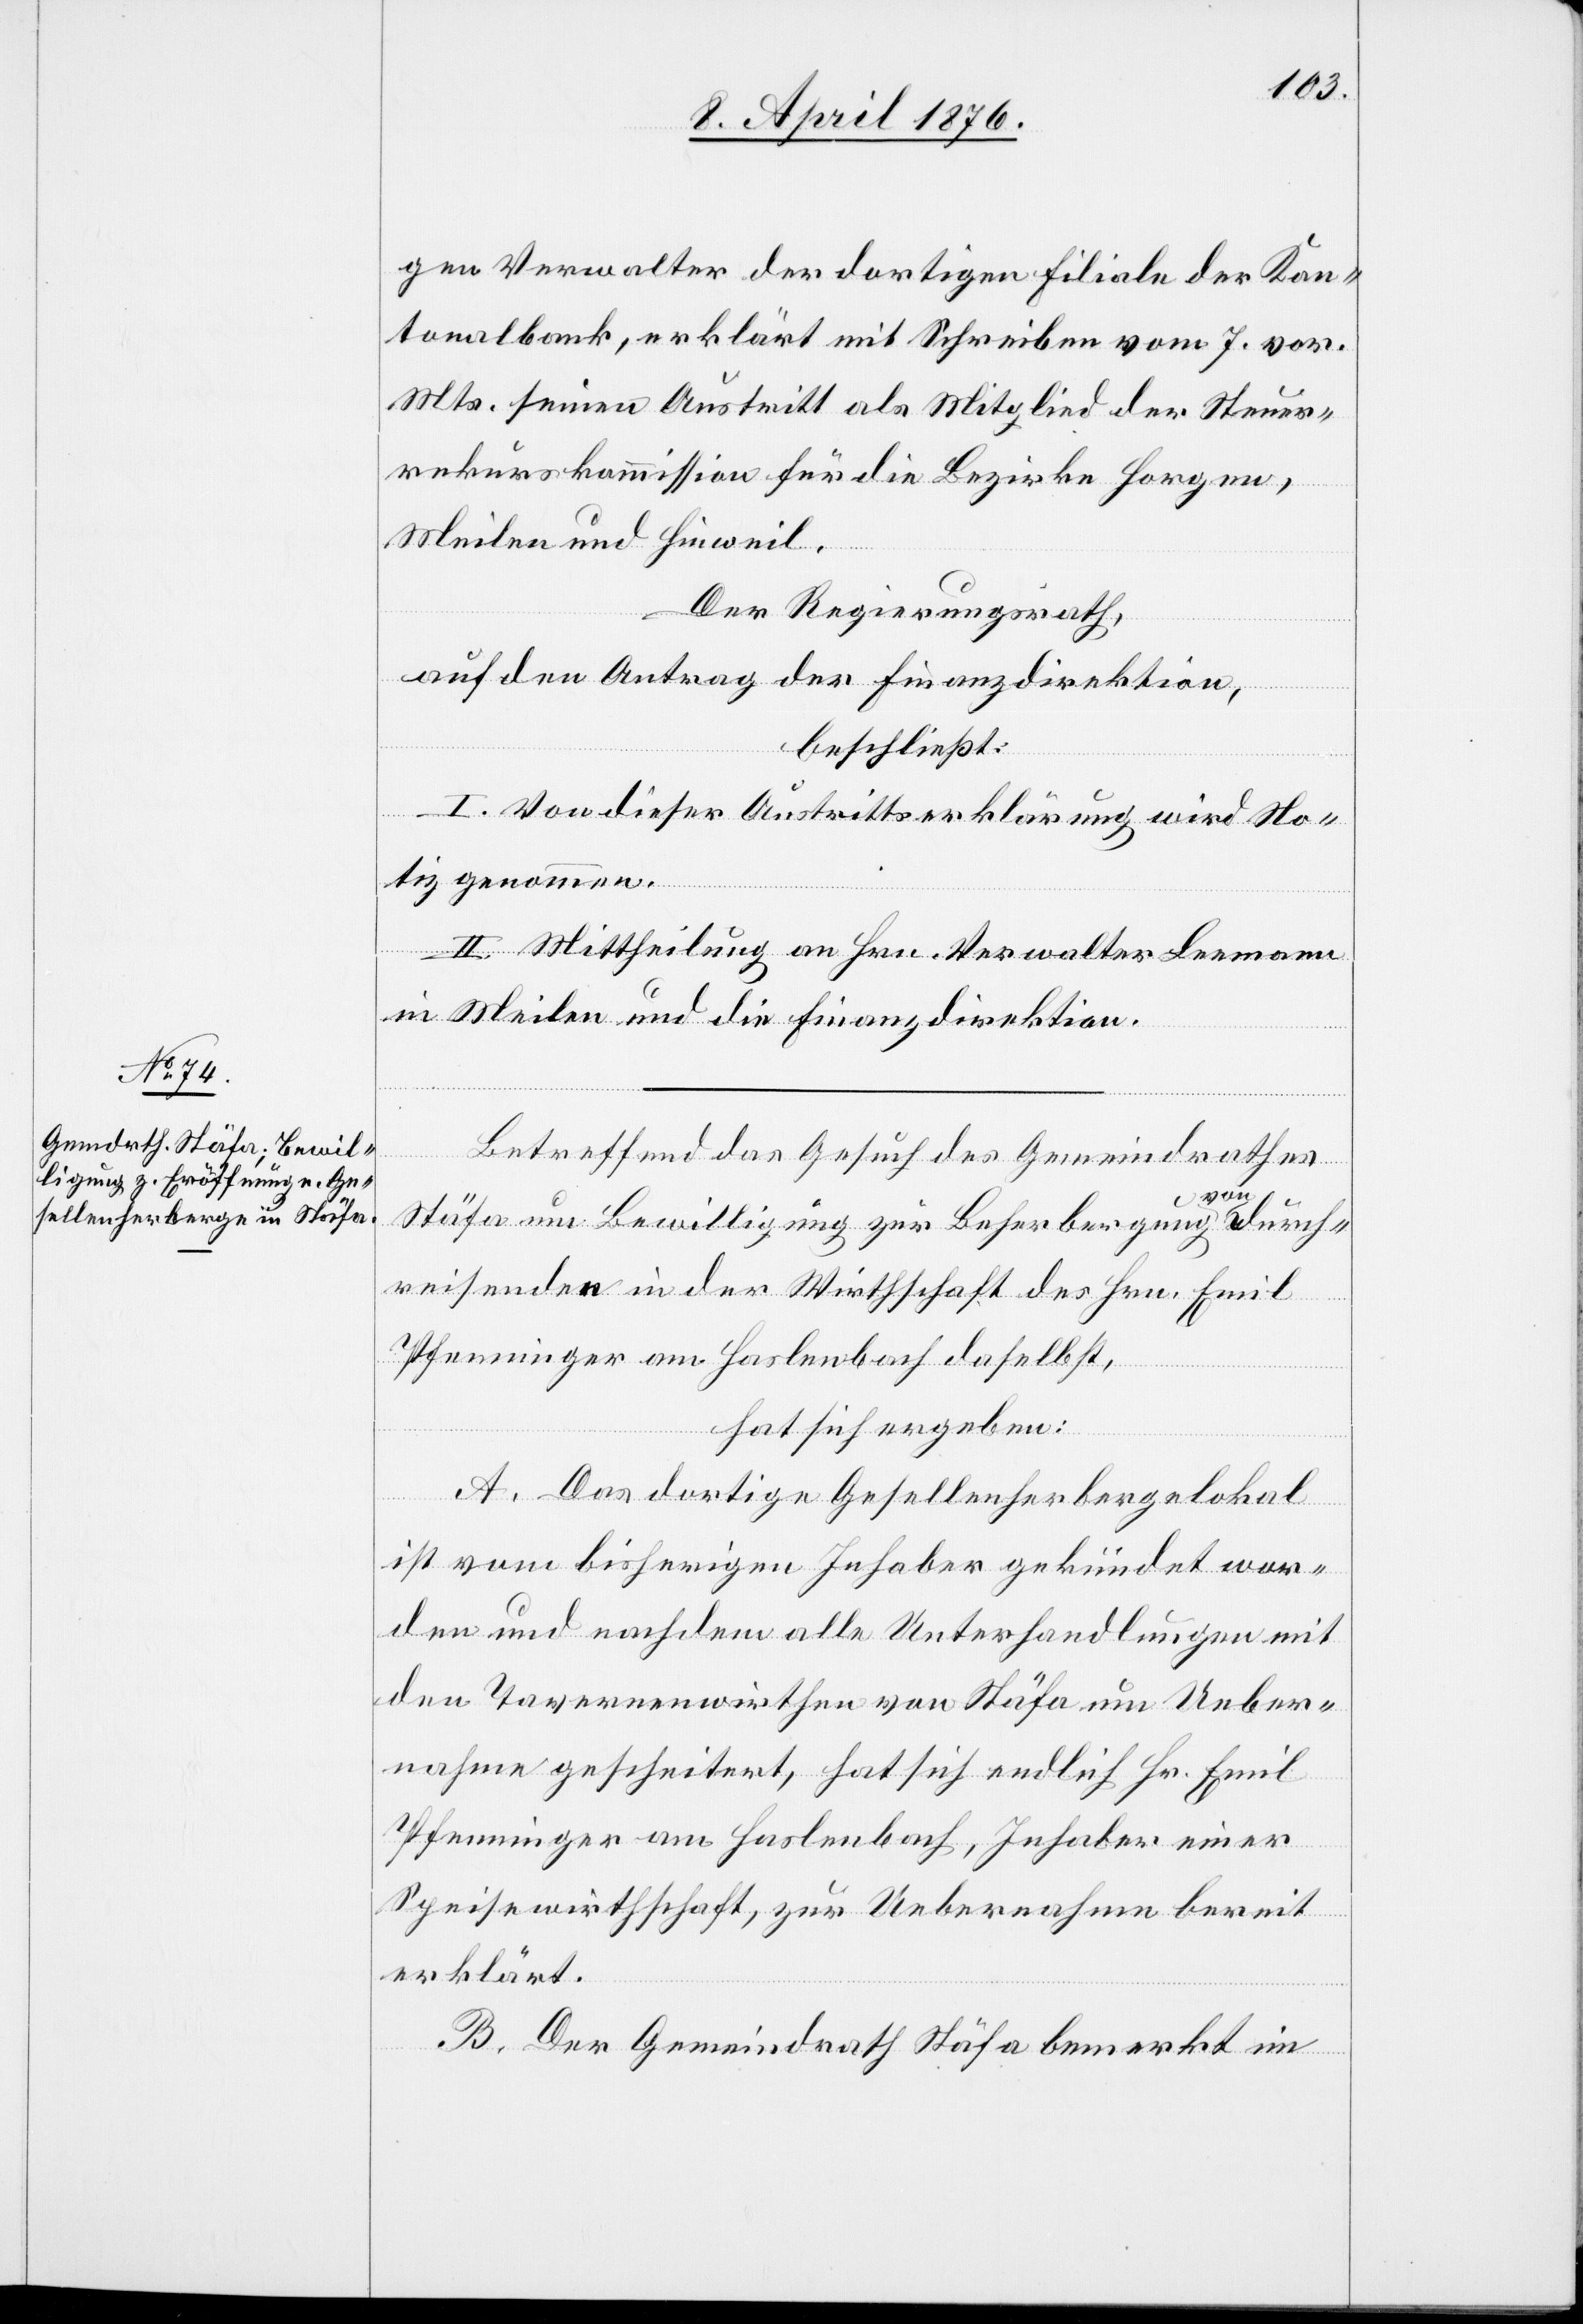
gen Verwalter der dortigen Filiale der Kan¬
tonalbank, erklärt mit Schreiben vom 7. vor.
Mts. seinen Austritt als Mitglied der Steuer¬
rekurskommission für die Bezirke Horgen,
Meilen und Hinweil.
Der Regierungsrath,
auf den Antrag der Finanzdirektion,
beschließt:
I. Von dieser Austrittserklärung wird No¬
tiz genommen.
II. Mittheilung an Hrn. Verwalter Leemann
in Meilen und die Finanzdirektion.
Betreffend das Gesuch des Gemeindrathes
Stäfa um Bewilligung zur Beherbergung von Durch¬
reisenden in der Wirthschaft des Hrn. Emil
Pfenninger am Haslenbach daselbst,
hat sich ergeben:
A. Das dortige Gesellenherbergelokal
ist vom bisherigen Inhaber gekündet wor¬
den und nachdem alle Unterhandlungen mit
den Tavernenwirthen von Stäfa um Ueber¬
nahme gescheitert, hat sich endlich Hr. Emil
Pfenninger am Haslenbach, Inhaber einer
Speisewirthschaft, zur Uebernahme bereit
erklärt.
B. Der Gemeindrath Stäfa bemerkt im